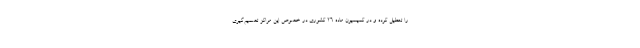
را تعطیل کرده و در کمیسیون ماده ۲۶ کشوری در خصوص این مراکز تصمیم‌گیری